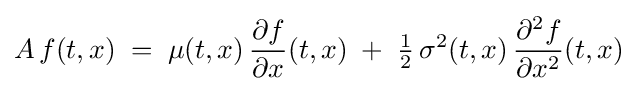
A\,f(t,x)\;=\;\mu (t,x)\,{\frac {\partial f}{\partial x}}(t,x)\;+\;{\tfrac {1}{2}}\,\sigma ^{2}(t,x)\,{\frac {\partial ^{2}f}{\partial x^{2}}}(t,x)